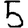
Digit: 5